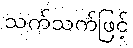
သက်သက်ဖြင့်